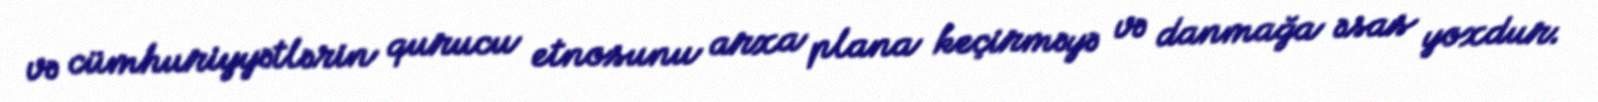
və cümhuriyyətlərin qurucu etnosunu arxa plana keçirməyə və danmağa əsas yoxdur.